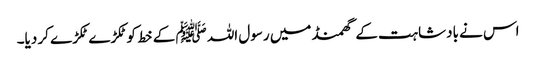
اس نے بادشاہت کے گھمنڈ میں رسول اللہ ﷺ کے خط کوٹکڑے ٹکڑے کر دیا۔